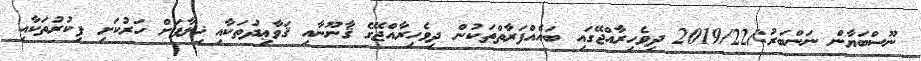
ނޫސްބަޔާން ނަންބަރު:/2019/22 ދިވެހިރާއްޖޭގައި ބައެއްފަރާތްތަކުން ދިވެހިރާއްޖޭގެ ޤާނޫނާއި ޤަވާޢިދުތަކާއި ޚިލާފަށް ހަރުކަށި ފިކުރުތަކާއި